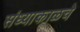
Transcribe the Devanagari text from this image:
संध्याकाळचे